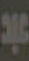
عبد